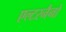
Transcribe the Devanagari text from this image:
एल्टरनैनो